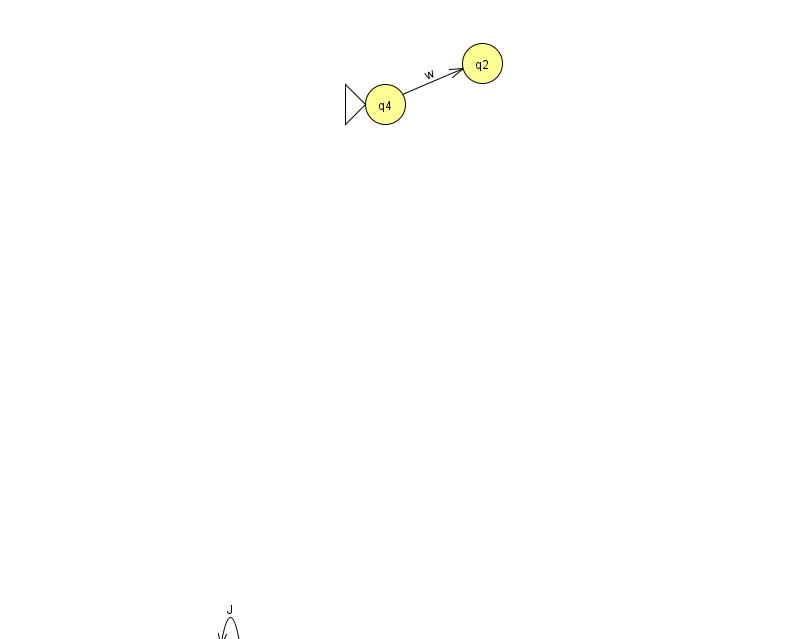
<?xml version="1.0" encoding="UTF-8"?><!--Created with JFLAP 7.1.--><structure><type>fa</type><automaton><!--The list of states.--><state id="0" name="q0"><x>230.0</x><y>651.0</y></state><state id="2" name="q2"><x>482.0</x><y>50.0</y></state><state id="3" name="q3"><x>862.0</x><y>535.0</y></state><state id="4" name="q4"><x>385.0</x><y>91.0</y><initial/></state><!--The list of transitions.--><transition><from>4</from><to>2</to><read>w</read></transition><transition><from>3</from><to>3</to><read>G</read></transition><transition><from>0</from><to>0</to><read>J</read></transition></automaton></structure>